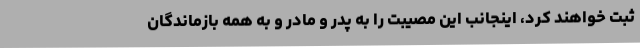
ثبت خواهند کرد، اینجانب این مصیبت را به پدر و مادر و به همه بازماندگان